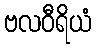
ဗလဝီရိယံ